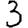
Digit: 3